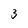
Character: 3